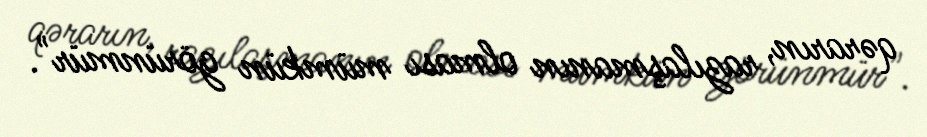
qərarın, razılaşmanın olması mümkün görünmür".